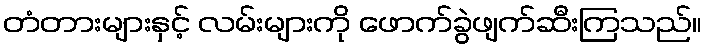
တံတားများနှင့် လမ်းများကို ဖောက်ခွဲဖျက်ဆီးကြသည်။